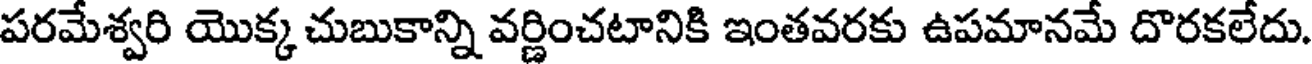
పరమేశ్వరి యొక్క చుబుకాన్ని వర్ణించటానికి ఇంతవరకు ఉపమానమే దొరకలేదు.